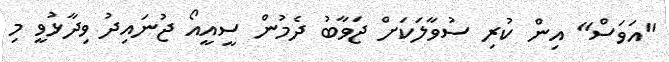
"އަވަސް" އިން ކުރި ސުވާލަކަށް ޖަވާބު ދެމުން ސީއީއޯ ޖުނައިދު ވިދާޅުވީ މި